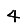
Digit: 4